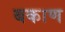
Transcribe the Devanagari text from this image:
बकाण